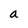
Character: a